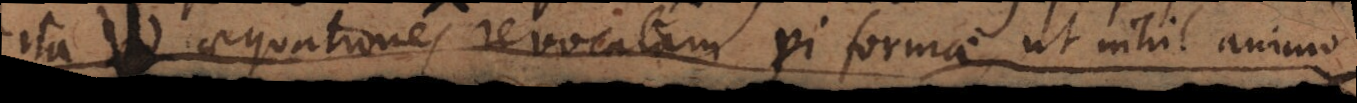
ad aequationes revocatam vi formae ut nihil animo